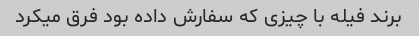
برند فیله با چیزی که سفارش داده بود فرق میکرد